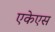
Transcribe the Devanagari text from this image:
एकेएस